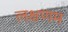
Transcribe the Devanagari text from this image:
लक्षणम